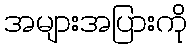
အများအပြားကို